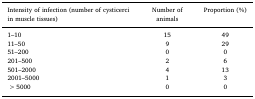
<table><thead><tr><td><b>Intensity of infection (number of cysticerci in muscle tissues)</b></td><td><b>Number of animals</b></td><td><b>Proportion (%)</b></td></tr></thead><tbody><tr><td>1–10</td><td>15</td><td>49</td></tr><tr><td>11–50</td><td>9</td><td>29</td></tr><tr><td>51–200</td><td>0</td><td>0</td></tr><tr><td>201–500</td><td>2</td><td>6</td></tr><tr><td>501–2000</td><td>4</td><td>13</td></tr><tr><td>2001–5000</td><td>1</td><td>3</td></tr><tr><td>&gt;5000</td><td>0</td><td>0</td></tr></tbody></table>